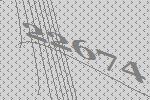
22674